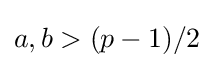
a,b>(p-1)/2